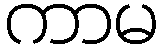
ကာမ